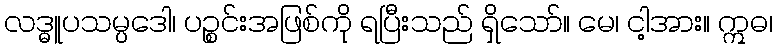
လဒ္ဓူပသမ္ပဒေါ၊ ပဉ္စင်းအဖြစ်ကို ရပြီးသည် ရှိသော်။ မေ၊ ငါ့အား။ ဣဓ၊